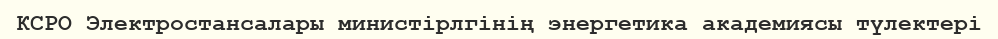
КСРО Электростансалары министірлгінің энергетика академиясы түлектері